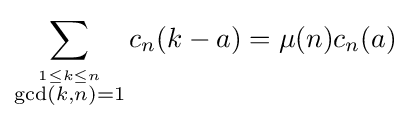
\sum _{\stackrel {1\leq k\leq n}{\gcd(k,n)=1}}c_{n}(k-a)=\mu (n)c_{n}(a)